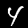
Digit: 4